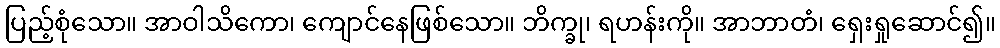
ပြည့်စုံသော။ အာဝါသိကော၊ ကျောင်နေဖြစ်သော။ ဘိက္ခု၊ ရဟန်းကို။ အာဘာတံ၊ ရှေးရှုဆောင်၍။